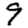
Digit: 9